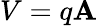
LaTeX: V=q\mathbf{A}